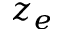
z _ { e }